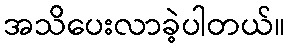
အသိပေးလာခဲ့ပါတယ်။